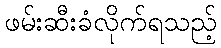
ဖမ်းဆီးခံလိုက်ရသည့်